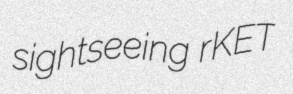
sightseeing rKET